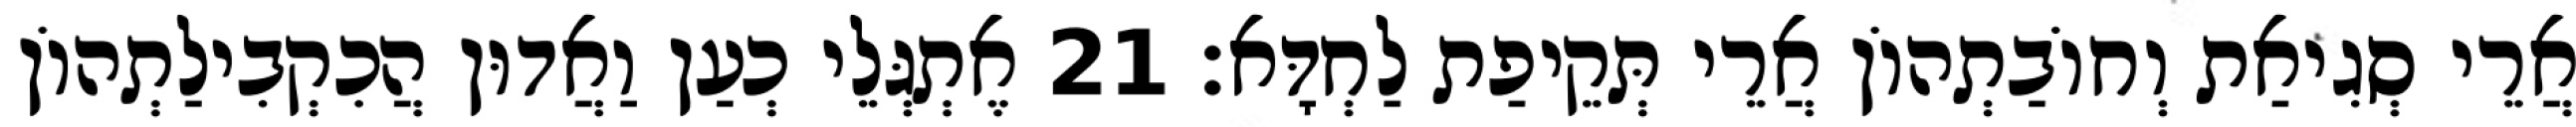
אֲרֵי סְגִיאַת וְחוֹבַתְהוֹן אֲרֵי תְּקֵיפַת לַחְדָּא׃ 21 אֶתְגְּלֵי כְעַן וַאֲדוּן הֲכִקְבִילַתְהוֹן